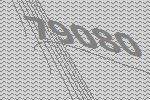
79080